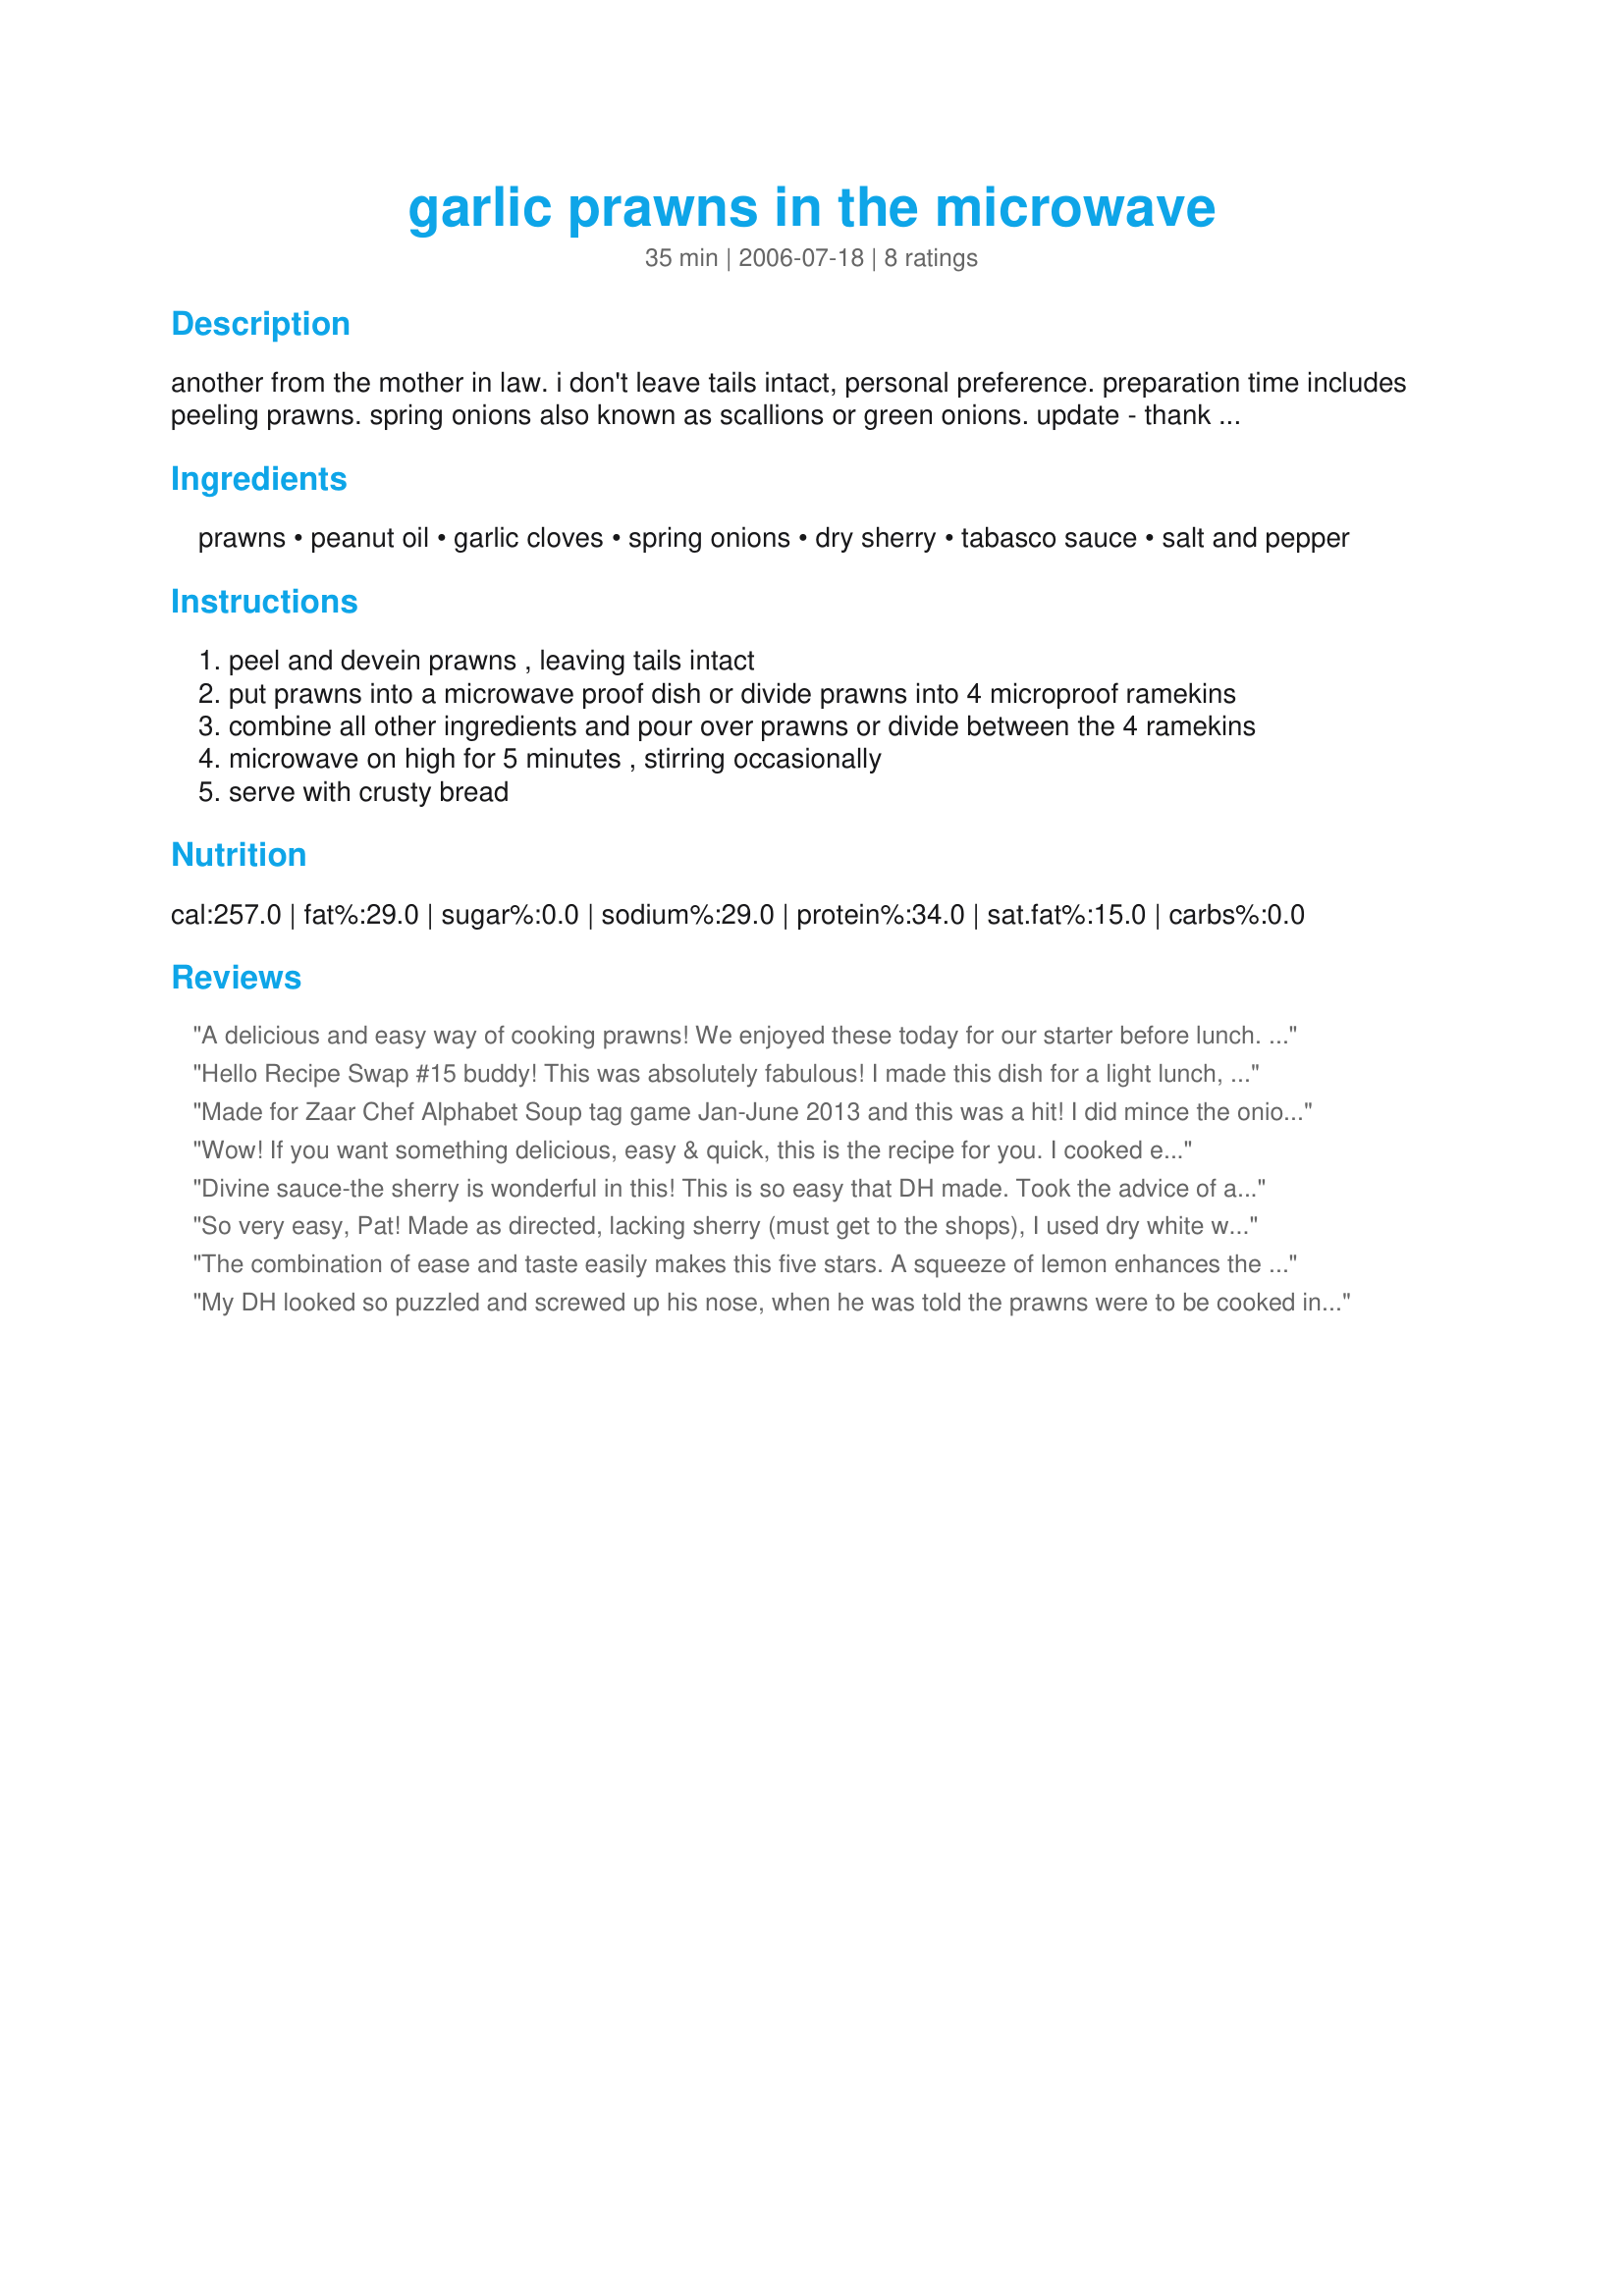
garlic prawns in the microwave
Preparation time: 35 minutes

another from the mother in law. i don't leave tails intact, personal preference. preparation time includes peeling prawns. spring onions also known as scallions or green onions. update - thank you to karen elizabeth would never have thought to use this as way to cook the prawns to add to other dishes such as she did with a vegetable stir fry - great idea, thank you. a please note - i now have a 900w microwave and i find 3 1/2 to 4 minutes does it, when this recipe was first presented wattages in ovens where very low so the higher wattages today will determine the cooking times.

Ingredients:
prawns, peanut oil, garlic cloves, spring onions, dry sherry, tabasco sauce, salt and pepper

Steps:
peel and devein prawns , leaving tails intact
put prawns into a microwave proof dish or divide prawns into 4 microproof ramekins
combine all other ingredients and pour over prawns or divide between the 4 ramekins
microwave on high for 5 minutes , stirring occasionally
serve with crusty bread

Reviews:
A delicious and easy way of cooking prawns! We enjoyed these today for our starter before lunch. I made them exactly as stated and they cooked fine for the 5 minutes indicated, but I think you MUST dice the spring onions and garlic very finely for that to work. We thought that the peanut oil was a bit overpowering for the prawns, so will probably use light olive oil or a knob of butter next time. The sherry is an essential ingredient - don't omit it, it made these just an extra bit special! Made for Adopt a Tag recipe - thanks Chef Potts for an easy and tasty recipe! FT:-)
Hello Recipe Swap #15 buddy! This was absolutely fabulous! I made this dish for a light lunch, served over angel hair pasta with crusty bread to mop up the delicious sauce. I made a few modifications: I used olive oil instead of peanut oil and dry white wine instead of dry sherry (as my pantry was lacking those two ingredients). I also used peeled and cooked shrimp instead of raw and adjusted the cooking time to 3 minutes total, stirring every 30 seconds. My hubby was licking his chops while this was cooking, practically wringing his hands until he could get a taste. We both mopped the plate clean, savoring every bit of the sauce. We both thought this dish is something you might find at a fancy restaurant. And to think it was microwave-cooked! Who could tell? Thank you for this delicious recipe! Definitely a keeper!
Made for Zaar Chef Alphabet Soup tag game Jan-June 2013 and this was a hit! I did mince the onion and garlic per another reviewers suggestion but otherwise followed the instructions. This is so fast, easy and delicious. Definately a keeper. Thank you.
Wow! If you want something delicious, easy & quick, this is the recipe for you. I cooked exactly as the recipe stated but halved the prawns...took another reviewer's advice & used the olive oil & but ter. Made some garlic bread to mop up the sauce.. I haven't heard husband rave about his dinner in quite a while...
Divine sauce-the sherry is wonderful in this! This is so easy that DH made. Took the advice of another reviewer and used butter/ olive oil combination. The only thing we would do differently is the timing which turned out to be too long b/c one pound of not peeled shrimp is not the same as 500 grams of peeled shrimp and microwaves vary so the next time will try 4 minutes instead of 5. Thank you Pat for another wonderful recipe.
So very easy, Pat! Made as directed, lacking sherry (must get to the shops), I used dry white wine, but no changes otherwise. I've actually made them a couple of times now, taken me a while to review! Posting a picture where I've made them to your recipe and then popped them in with a vegetable stirfry, so that the non-prawn eaters didn't have to worry!

thanks for a super-easy recipe!
The combination of ease and taste easily makes this five stars. A squeeze of lemon enhances the dish further.
My DH looked so puzzled and screwed up his nose, when he was told the prawns were to be cooked in the microwave.<br/>His comment after eating this was "Well the hardest part was shelling the Prawns!!!"<br/>He and DD loved this, DD wanted more sauce, but that was my fault because I tipped some off as DD dislikes Sherry so much, I was thinking it would taste too much of Sherry and she would not notice if I gave less sauce. <br/>WELL..........I was abruptly told by her to "Leave it alone next time!" Sheesh she loved the sauce.........Go figure!!!!<br/>I also used a combination of oil and butter, and next time (Yes, there wil be a next time) I will cook for less time, (my fault again, I did not take note of Pat's A PLEASE NOTE, IN THE Introduction.<br/>So quick and so easy, and this was thoroughly enjoyed by DD and DH, they both loved it, and DH is still suprised it was done in the microwave!<br/>Thanks Pat, wonderful recipe!
